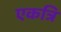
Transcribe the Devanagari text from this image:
एकत्रि